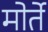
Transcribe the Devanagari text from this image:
मोर्ते